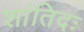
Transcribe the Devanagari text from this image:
शांतिदः